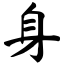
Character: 身